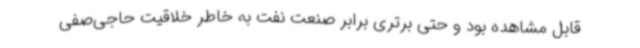
قابل مشاهده بود و حتی برتری برابر صنعت نفت به خاطر خلاقیت حاجی‌صفی